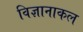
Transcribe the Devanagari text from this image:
विज्ञानाकल